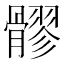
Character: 髎